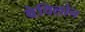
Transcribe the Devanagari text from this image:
बेविलोन